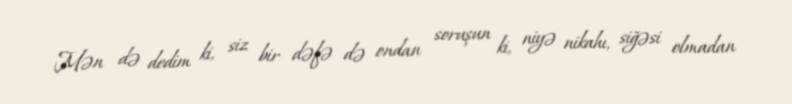
Mən də dedim ki, siz bir dəfə də ondan soruşun ki, niyə nikahı, siğəsi olmadan